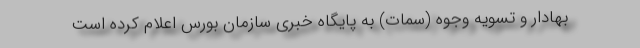
بهادار و تسویه وجوه (سمات) به پایگاه خبری سازمان بورس اعلام کرده است